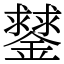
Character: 䥭